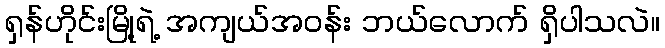
ရှန်ဟိုင်းမြို့ရဲ့ အကျယ်အဝန်း ဘယ်လောက် ရှိပါသလဲ။